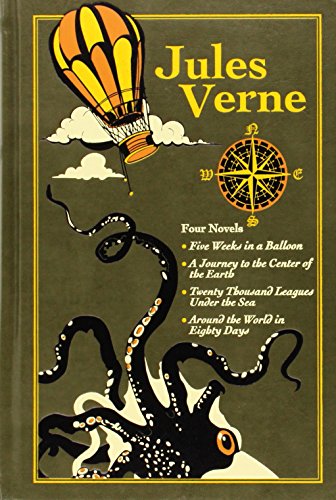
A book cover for Jules Verne (Leather-bound Classics); Jules Verne; Literature & Fiction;